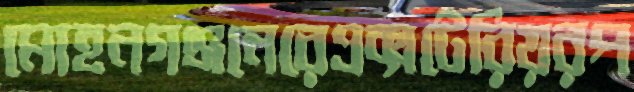
মোহনগঞ্জনেরেএক্সটেরিয়রপ